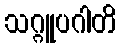
သဂ္ဂူပဂါတိ